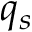
q _ { s }